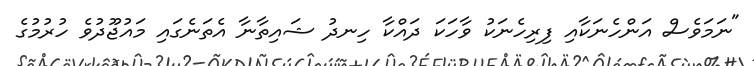
"ނަމަވެސް އަންހެނަކާއި ފިރިހެނަކު ވާހަކަ ދައްކާ ހިނދު ޝައިތާނާ އެތަނެގައި މައުޖޫދުވެ ހުރުމުގެ